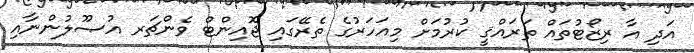
އަދި އާ ރިޒޯޓުތައް ތަރައްޤީ ކުރުމަށް މިއަހަރުގެ ތެރޭގައި ޖޮއިންޓް ވެންޗަރ އުޞޫލުންނާއި